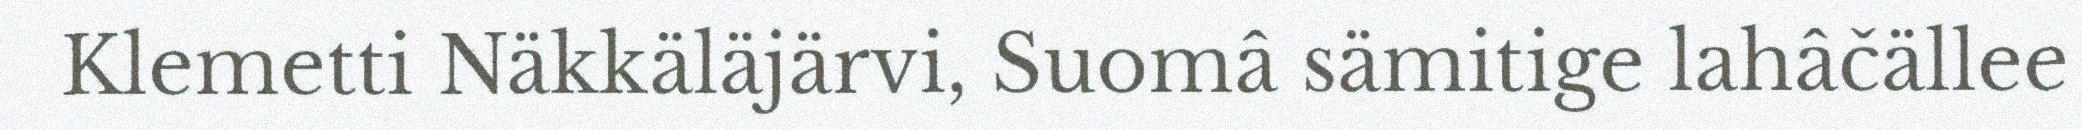
Klemetti Näkkäläjärvi, Suomâ sämitige lahâčällee